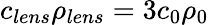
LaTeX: c_{lens}\rho_{lens}=3c_{0}\rho_{0}